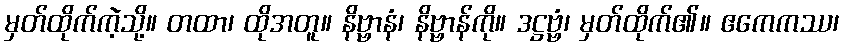
မှတ်ထိုက်ကဲ့သို့။ တထာ၊ ထိုအတူ။ နိဗ္ဗာနံ၊ နိဗ္ဗာန်ကို။ ဒဋ္ဌဗ္ဗံ၊ မှတ်ထိုက်၏။ ဧကေကဿ၊